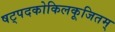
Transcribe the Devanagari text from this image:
षट्पदकोकिलकूजितम्